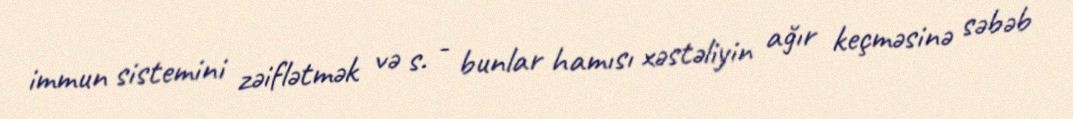
immun sistemini zəiflətmək və s. - bunlar hamısı xəstəliyin ağır keçməsinə səbəb